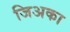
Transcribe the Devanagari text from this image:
जिअका